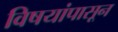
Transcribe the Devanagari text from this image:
विषयांपासून